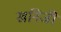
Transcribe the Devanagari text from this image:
खनिजोँ